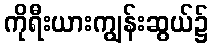
ကိုရီးယားကျွန်းဆွယ်၌